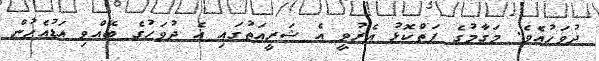
ދުވަހުއެވެ. މަގާމުގެ ފަތްކޮޅު އެރުވީ އެ ޝަރީއަތުގައި އެ ދުވަހުގެ ބޭއްވި އަޑުއެހުން